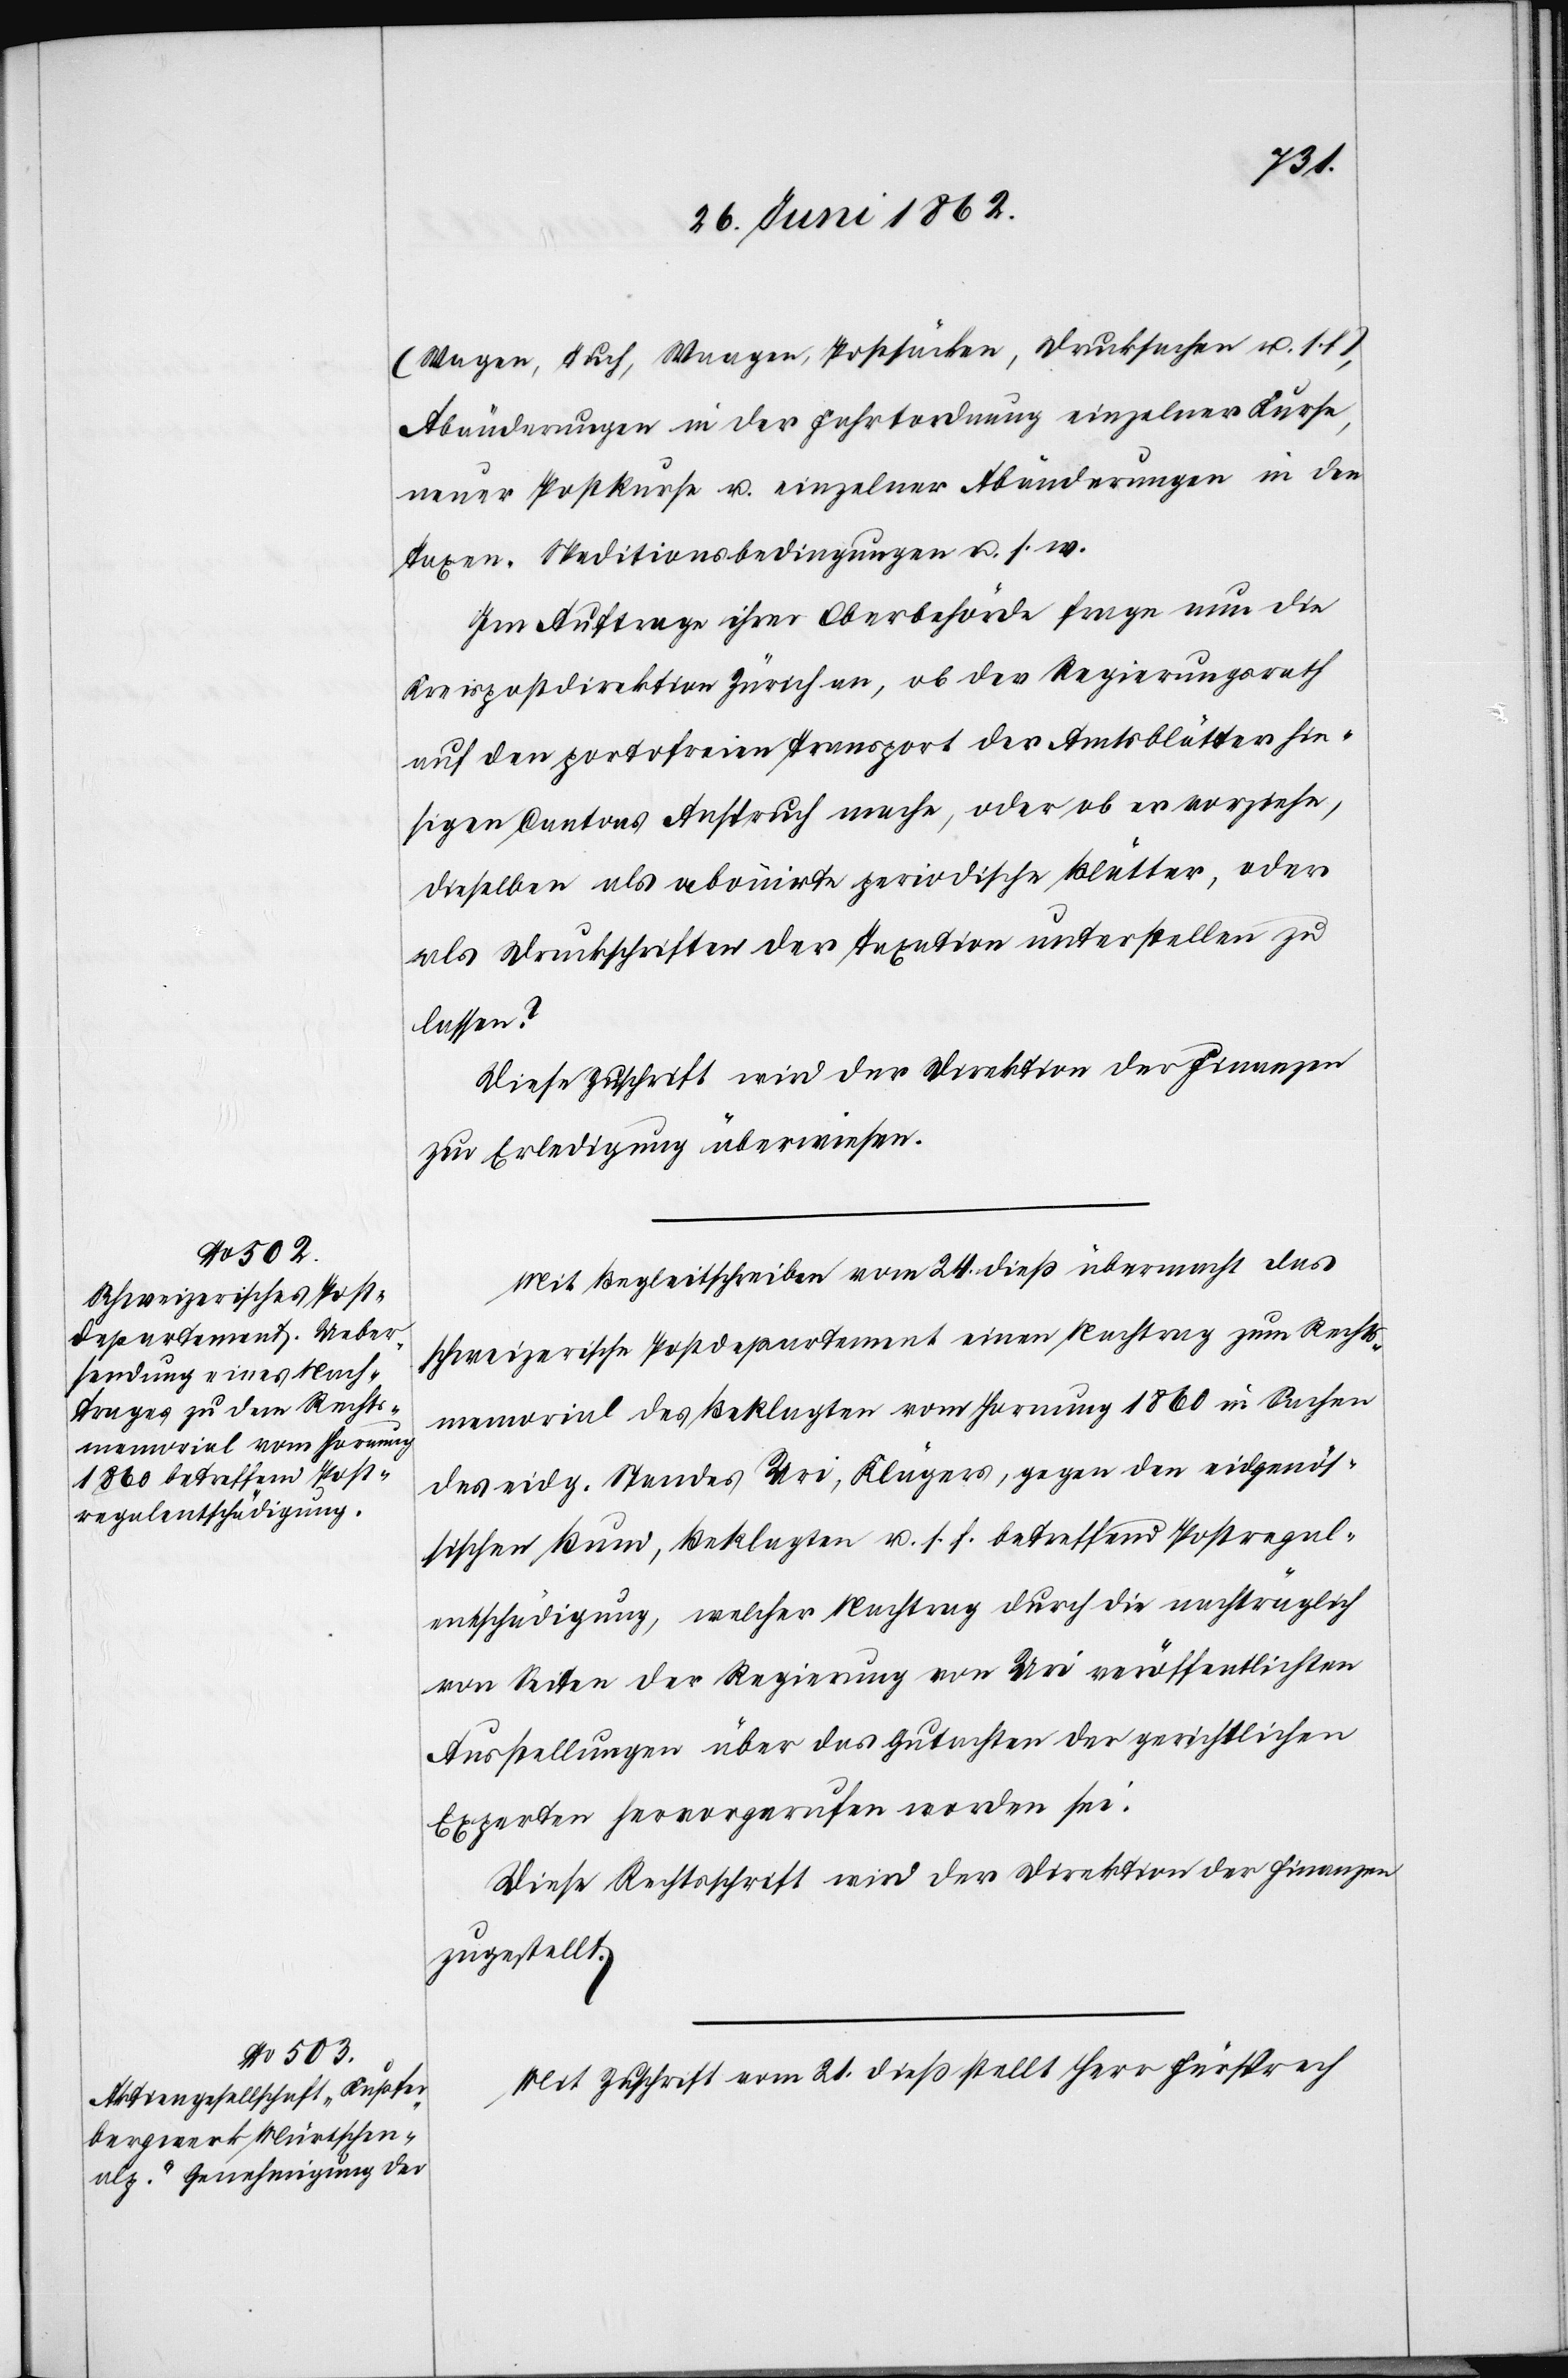
(Wagen, Tuch, Waagen, Postsäcken, Drucksachen u. s.
Abänderungen in der Fahrtordnung einzelner Kurse,
neuer Postkurse u. einzelner Abänderungen in den
Taxen. Speditionsbedingungen u. s. w.
Im Auftrage ihrer Oberbehörde frage nun die
Kreispostdirektion Zürich an, ob der Regierungsrath
auf den portofreien Transport der Amtsblätter hie¬
sigen Cantons Anspruch mache, oder ob er vorziehe,
dieselben als abonnirte periodische Blätter, oder
als Druckschriften der Taxation unterstellen zu
lassen?
Diese Zuschrift wird der Direktion der Finanzen
zur Erledigung überwiesen.
Mit Begleitschreiben vom 24. dieß übermacht das
schweizerische Postdepartement einen Nachtrag zum Rechts¬
memorial des Beklagten vom Hornung 1860 in Sachen
des eidg. Standes Uri, Klägers, gegen den eidgenös¬
sischen Bund, Beklagten u. s. f. betreffend Postregal¬
entschädigung, welcher Nachtrag durch die nachträglich
von Seiten der Regierung von Uri veröffentlichten
Ausstellungen über das Gutachten der gerichtlichen
Experten hervorgerufen worden sei.
Diese Rechtsschrift wird der Direktion der Finanzen
zugestellt.
Mit Zuschrift vom 21. dieß stellt Herr Fürsprech